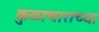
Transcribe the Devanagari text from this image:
कुळाचाराच्या